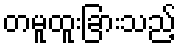
တမူထူးခြားသည့်